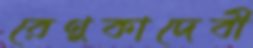
রেণুকাদেবী